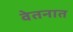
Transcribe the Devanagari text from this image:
वेतनात